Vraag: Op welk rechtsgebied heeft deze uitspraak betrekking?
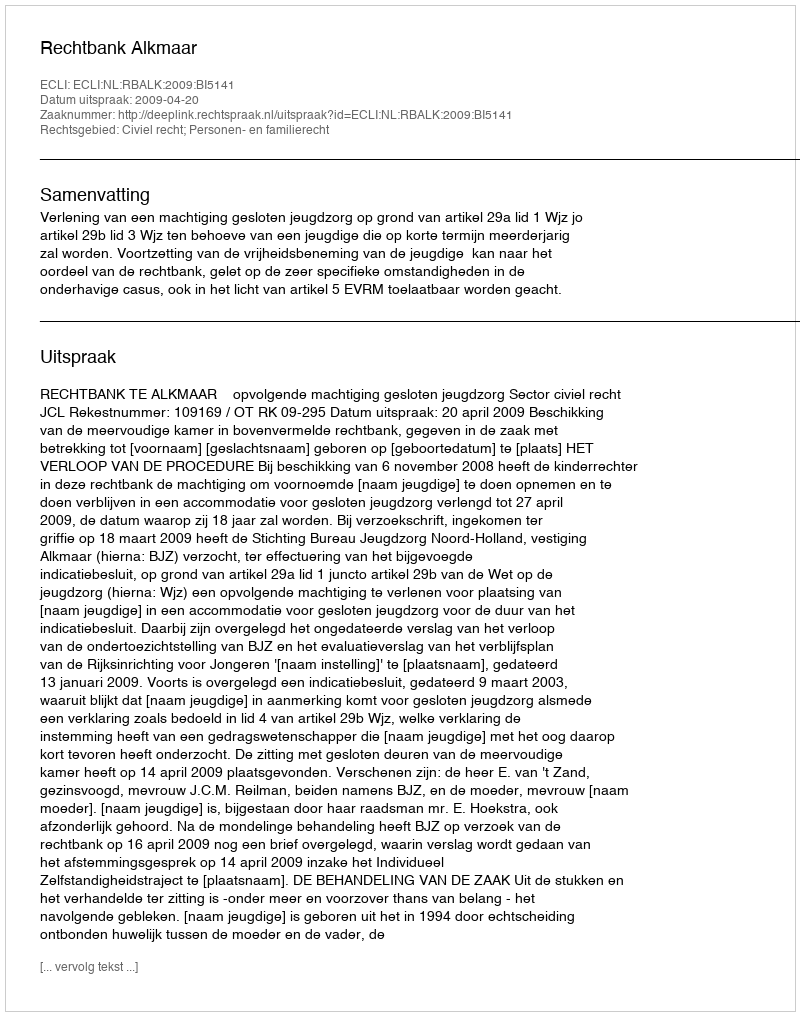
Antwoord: Civiel recht; Personen- en familierecht